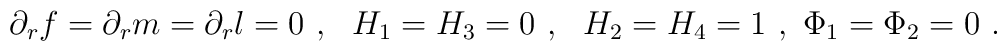
\partial_r f= \partial_r m= \partial_r l= 0 \ , \ \ H_1=H_3 = 0 \ , \ \ H_2=H_4=1 \ , \ \Phi_1= \Phi_2=0 \ .